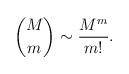
LaTeX: \begin{align*} \binom{M}{m}\sim \frac{M^m}{m!}.\end{align*}